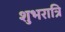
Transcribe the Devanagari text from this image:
शुभरात्रि